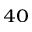
^ { 4 0 }